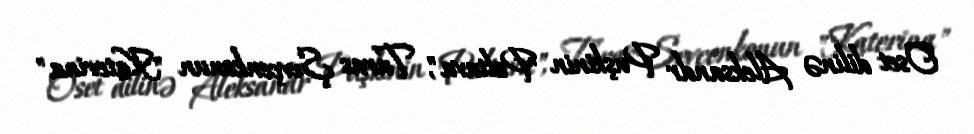
Oset dilinə Aleksandr Puşkinin "Poltava", Taras Şevçenkonun "Katerina"